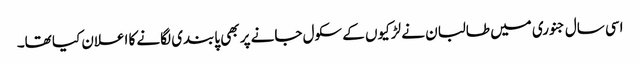
اسی سال جنوری میں طالبان نے لڑکیوں کے سکول جانے پر بھی پابندی لگانے کا اعلان کیا تھا۔